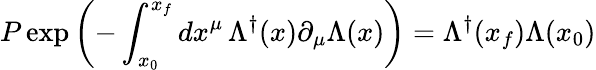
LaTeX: P\exp\left(-\int_{x_{0}}^{x_{f}}dx^{\mu}\, \Lambda^{\dagger}(x)\partial_{\mu}\Lambda(x)\right)=\Lambda^{\dagger}(x_{f})\Lambda(x_{0})